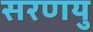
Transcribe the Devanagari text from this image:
सरणयु